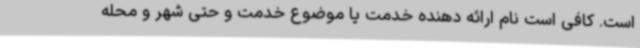
است. کافی است نام ارائه دهنده خدمت یا موضوع خدمت و حتی شهر و محله